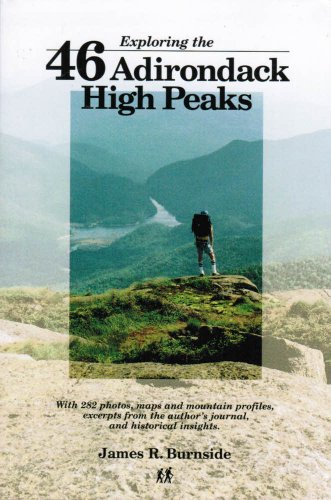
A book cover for Exploring the 46 Adirondack High Peaks: With 282 Photos, Maps & Mountain Profiles, Excerpts from the Author's Journal, & Historical Insights; James R. Burnside; Science & Math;